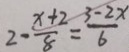
2 - \frac { x + 2 } { 8 } = \frac { 3 - 2 x } { 6 }